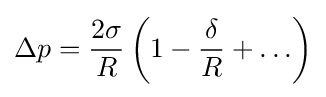
\Delta p={\frac {2\sigma }{R}}\left(1-{\frac {\delta }{R}}+\ldots \right)